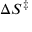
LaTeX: \Delta S ^ { \ddagger }